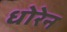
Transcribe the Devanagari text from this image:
धोरेन